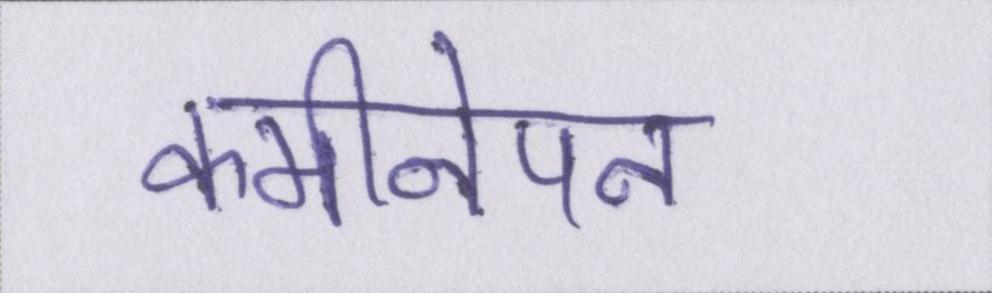
कमीनेपन